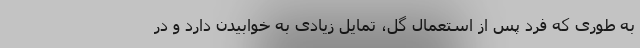
به طوری که فرد پس از استعمال گل، تمایل زیادی به خوابیدن دارد و در